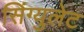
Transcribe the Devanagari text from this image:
सिंग्युलेट